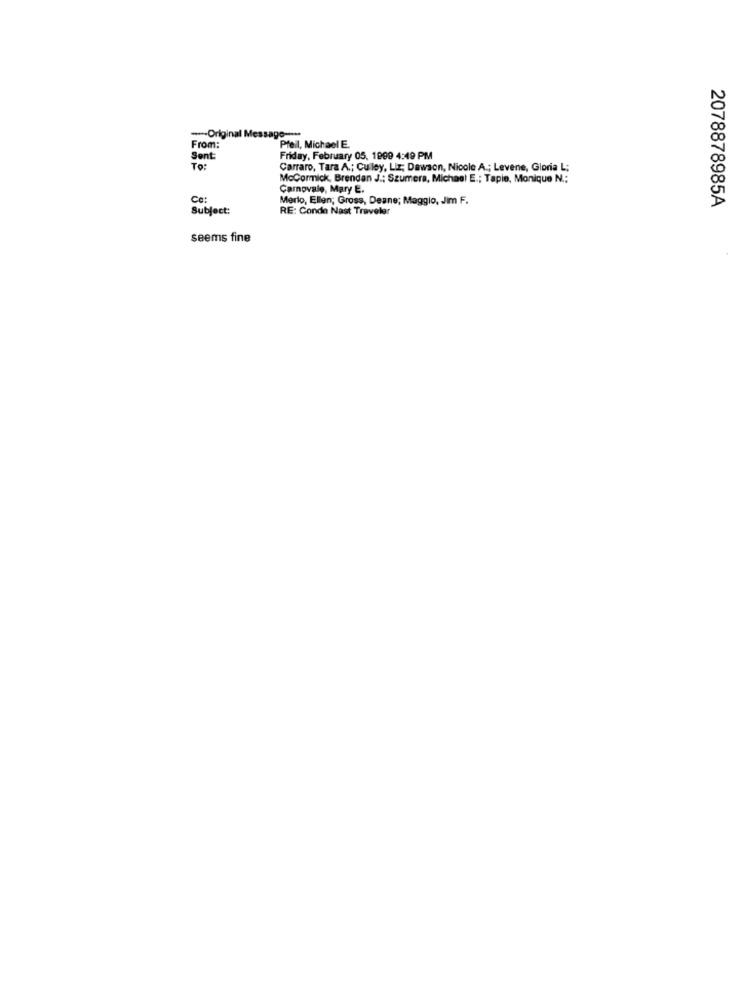
--- Original Message ---
From:
Pfeil, Michael E.
Sent
Friday, February 05, 1999 4:49 PM
To:
Carraro, Tara A .; Culey, Liz; Dawson, Nicole A .; Levene, Gloria L;
McCormick, Brendan J .; Szumera, Michael E .; Tapie, Monique N .;
Carnovale, Mary E.
Ce:
Merlo, Ellen; Gross, Deane; Maggio, Jim F.
2078878985A
Subject:
RE: Conde Nast Traveler
seems fine